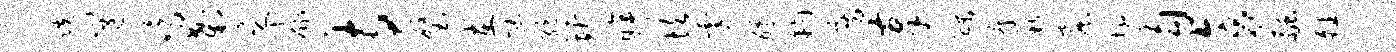
跣邕鸣刹之康寺璧在忙绝圻眸坎霎醵钧房奉醪瘴新窟墩勾旁融皤